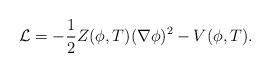
LaTeX: \begin{align*}{\cal L}=-\frac{1}{2}Z(\phi ,T)(\nabla \phi )^{2}-V(\phi ,T).\end{align*}